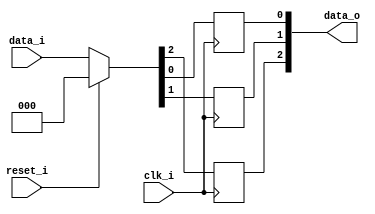
module bsg_dff_reset_3
(
  clk_i,
  reset_i,
  data_i,
  data_o
);

  input [2:0] data_i;
  output [2:0] data_o;
  input clk_i;
  input reset_i;
  wire [2:0] data_o;
  wire N0,N1,N2,N3,N4,N5;
  reg data_o_2_sv2v_reg,data_o_1_sv2v_reg,data_o_0_sv2v_reg;
  assign data_o[2] = data_o_2_sv2v_reg;
  assign data_o[1] = data_o_1_sv2v_reg;
  assign data_o[0] = data_o_0_sv2v_reg;

  always @(posedge clk_i) begin
    if(1'b1) begin
      data_o_2_sv2v_reg <= N5;
    end 
  end


  always @(posedge clk_i) begin
    if(1'b1) begin
      data_o_1_sv2v_reg <= N4;
    end 
  end


  always @(posedge clk_i) begin
    if(1'b1) begin
      data_o_0_sv2v_reg <= N3;
    end 
  end

  assign { N5, N4, N3 } = (N0)? { 1'b0, 1'b0, 1'b0 } : 
                          (N1)? data_i : 1'b0;
  assign N0 = reset_i;
  assign N1 = N2;
  assign N2 = ~reset_i;

endmodule